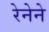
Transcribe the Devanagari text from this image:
रेनेने